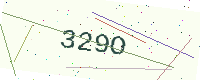
Text: 329O